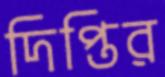
দিপ্তির